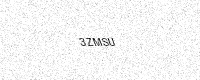
Text: 3ZMSU